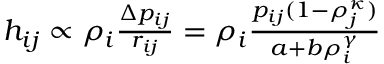
\begin{array} { r } { h _ { i j } \propto \rho _ { i } \frac { \Delta p _ { i j } } { r _ { i j } } = \rho _ { i } \frac { p _ { i j } ( 1 - \rho _ { j } ^ { \kappa } ) } { a + b \rho _ { i } ^ { \gamma } } } \end{array}